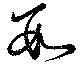
数